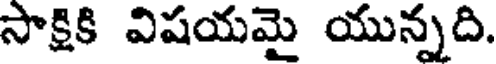
సాక్షికి విషయమై యున్నది.